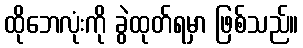
ထိုဘေလုံးကို ခွဲထုတ်ရမှာ ဖြစ်သည်။